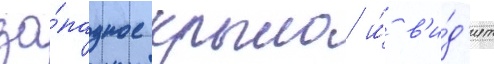
за́падное крыло и́ в'и́д'ит